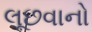
લૂછવાનો